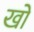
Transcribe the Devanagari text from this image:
खों